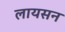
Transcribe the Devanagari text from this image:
लायसन